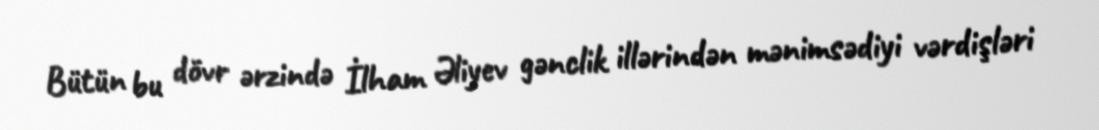
Bütün bu dövr ərzində İlham Əliyev gənclik illərindən mənimsədiyi vərdişləri